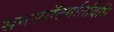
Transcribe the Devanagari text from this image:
सनस्पॉटगतिविधि